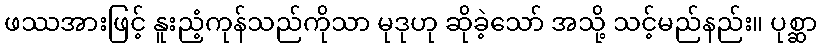
ဖဿအားဖြင့် နူးညံ့ကုန်သည်ကိုသာ မုဒုဟု ဆိုခဲ့သော် အသို့ သင့်မည်နည်း။ ပုစ္ဆာ